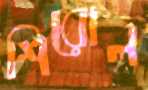
শিরোল